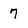
Character: 7